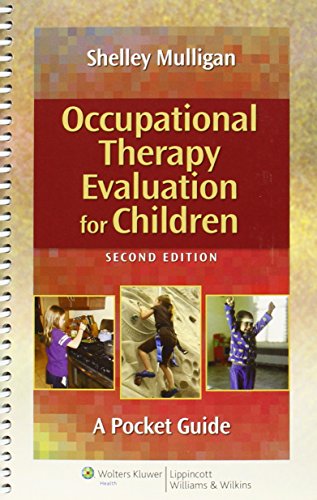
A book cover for Occupational Therapy Evaluation for Children: A Pocket Guide; Shelley E. Mulligan PhD  OTR; Medical Books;